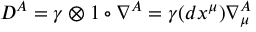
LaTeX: D ^ { A } = \gamma \otimes 1 \circ \nabla ^ { A } = \gamma ( d x ^ { \mu } ) \nabla _ { \mu } ^ { A }